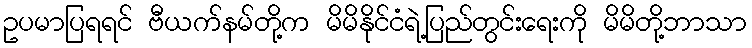
ဥပမာပြရရင် ဗီယက်နမ်တို့က မိမိနိုင်ငံရဲ့ပြည်တွင်းရေးကို မိမိတို့ဘာသာ